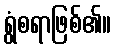
ရွံစရာဖြစ်၏။